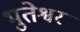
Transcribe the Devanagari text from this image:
भुतेश्वर